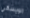
الويسكي